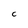
Character: c